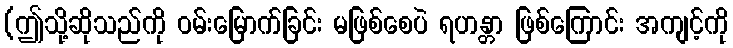
(ဤသို့ဆိုသည်ကို ဝမ်းမြောက်ခြင်း မဖြစ်စေပဲ ရဟန္တာ ဖြစ်ကြောင်း အကျင့်ကို